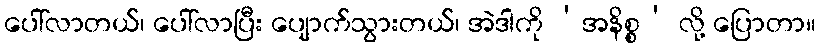
ပေါ်လာတယ်၊ ပေါ်လာပြီး ပျောက်သွားတယ်၊ အဲဒါကို ‘အနိစ္စ’ လို့ ပြောတာ။